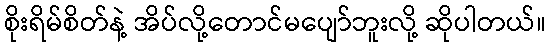
စိုးရိမ်စိတ်နဲ့ အိပ်လို့တောင်မပျော်ဘူးလို့ ဆိုပါတယ်။